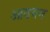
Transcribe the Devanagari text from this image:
आठयन